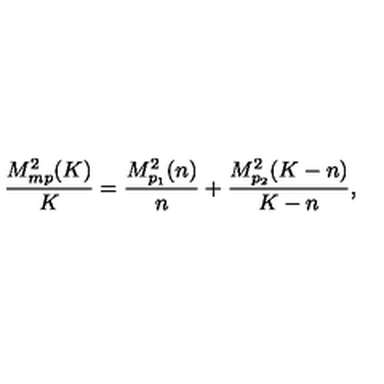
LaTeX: \frac { M _ { m p } ^ { 2 } ( K ) } { K } = \frac { M _ { p _ { 1 } } ^ { 2 } ( n ) } { n } + \frac { M _ { p _ { 2 } } ^ { 2 } ( K - n ) } { K - n } ,